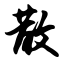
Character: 散